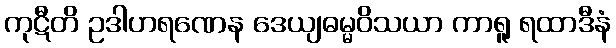
ကုဋီတိ ဥဒါဟရဏေန ဒေယျဓမ္မဝိသယာ ကာရူ ရထာဒီနံ